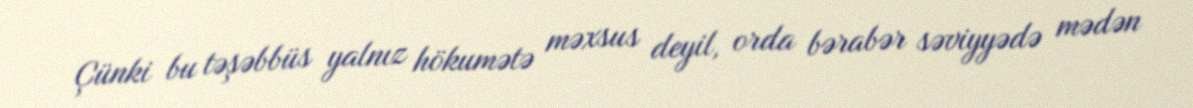
Çünki bu təşəbbüs yalnız hökumətə məxsus deyil, orda bərabər səviyyədə mədən